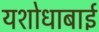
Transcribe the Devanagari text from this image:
यशोधाबाई